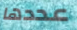
عددها